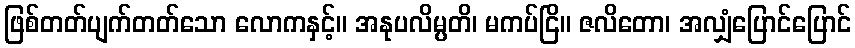
ဖြစ်တတ်ပျက်တတ်သော လောကနှင့်။ အနုပလိမ္ပတိ၊ မကပ်ငြိ။ ဇလိတော၊ အလျှံပြောင်ပြောင်